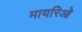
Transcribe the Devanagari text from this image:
मायरिओ